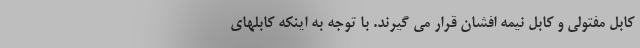
کابل مفتولی و کابل نیمه افشان قرار می گیرند. با توجه به اینکه کابلهای